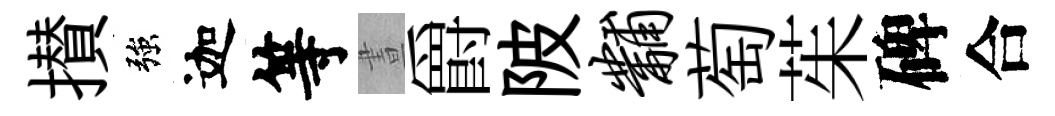
攅強迦等晝爵陂黼萄茱碑合